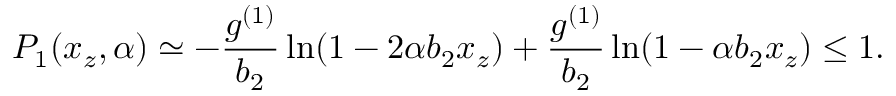
P _ { 1 } ( x _ { z } , \alpha ) \simeq - { \frac { g ^ { ( 1 ) } } { b _ { 2 } } } \ln ( 1 - 2 \alpha b _ { 2 } x _ { z } ) + { \frac { g ^ { ( 1 ) } } { b _ { 2 } } } \ln ( 1 - \alpha b _ { 2 } x _ { z } ) \le 1 .